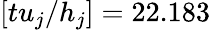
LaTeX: [tu_{j}/h_{j}]=22.183